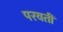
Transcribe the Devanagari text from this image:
परवतीं